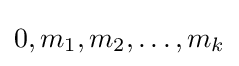
0,m_{1},m_{2},\ldots ,m_{k}